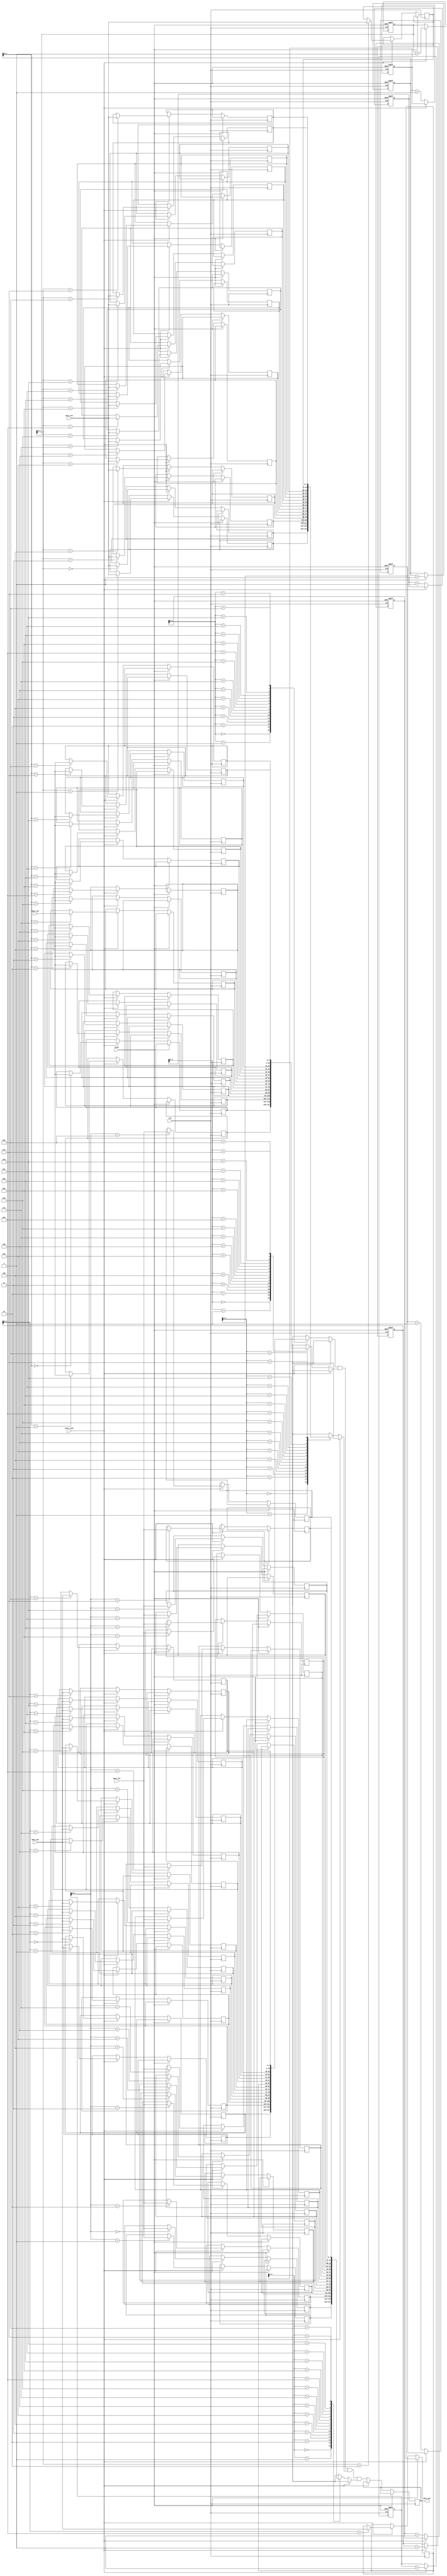
module burst_synchronizer (
    input wire clk,
    input wire reset,
    input wire [N-1:0] data_in1,
    input wire [N-1:0] data_in2,
    input wire [N-1:0] data_in3,
    input wire [N-1:0] data_in4,
    input wire start_sync,
    output reg [N-1:0] data_out
);

// Define parameters
parameter N = 8; // Data width
parameter FIFO_DEPTH = 16; // Depth of FIFO buffer

// Define FIFO buffers
reg [N-1:0] fifo1 [FIFO_DEPTH-1:0];
reg [N-1:0] fifo2 [FIFO_DEPTH-1:0];
reg [N-1:0] fifo3 [FIFO_DEPTH-1:0];
reg [N-1:0] fifo4 [FIFO_DEPTH-1:0];

// Define read and write pointers for FIFO buffers
reg [4:0] read_ptr1, read_ptr2, read_ptr3, read_ptr4;
reg [4:0] write_ptr1, write_ptr2, write_ptr3, write_ptr4;

// Synchronize data streams with common clock
always @(posedge clk or posedge reset) begin
    if (reset) begin
        read_ptr1 <= 0;
        read_ptr2 <= 0;
        read_ptr3 <= 0;
        read_ptr4 <= 0;
        write_ptr1 <= 0;
        write_ptr2 <= 0;
        write_ptr3 <= 0;
        write_ptr4 <= 0;
    end else if (start_sync) begin
        fifo1[write_ptr1] <= data_in1;
        fifo2[write_ptr2] <= data_in2;
        fifo3[write_ptr3] <= data_in3;
        fifo4[write_ptr4] <= data_in4;
        
        write_ptr1 <= write_ptr1 + 1;
        write_ptr2 <= write_ptr2 + 1;
        write_ptr3 <= write_ptr3 + 1;
        write_ptr4 <= write_ptr4 + 1;
    end else begin
        data_out <= fifo1[read_ptr1] & fifo2[read_ptr2] & fifo3[read_ptr3] & fifo4[read_ptr4];
        
        read_ptr1 <= read_ptr1 + 1;
        read_ptr2 <= read_ptr2 + 1;
        read_ptr3 <= read_ptr3 + 1;
        read_ptr4 <= read_ptr4 + 1;
    end
end

endmodule